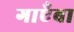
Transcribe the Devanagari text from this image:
गाएँबा